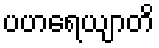
ပဟရေယျာတိ